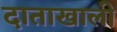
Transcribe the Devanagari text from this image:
दाताखाली